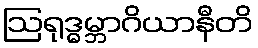
ဩရုဒ္ဓမ္ဘာဂိယာနီတိ